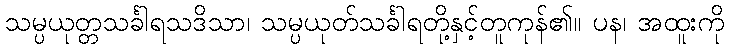
သမ္ပယုတ္တသင်္ခါရသဒိသာ၊ သမ္ပယုတ်သင်္ခါရတို့နှင့်တူကုန်၏။ ပန၊ အထူးကို